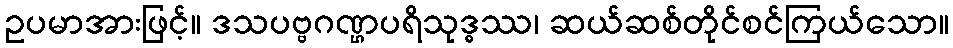
ဥပမာအားဖြင့်။ ဒသပဗ္ဗဂဏ္ဌပရိသုဒ္ဓဿ၊ ဆယ်ဆစ်တိုင်စင်ကြယ်သော။